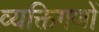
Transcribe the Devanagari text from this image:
व्यक्तिगणों